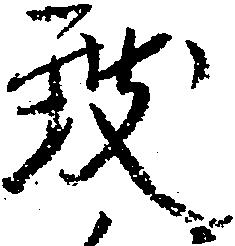
致